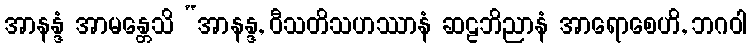
အာနန္ဒံ အာမန္တေသိ “အာနန္ဒ, ဝီသတိသဟဿာနံ ဆဠဘိညာနံ အာရောစေဟိ, ဘဂဝါ